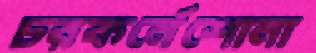
চরকর্নেশোনা